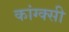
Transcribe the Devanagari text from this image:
कांग्क्सी